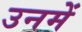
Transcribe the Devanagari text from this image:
उनमेें